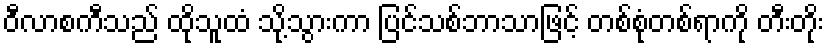
ဝီလာစကီသည် ထိုသူထံ သို့သွားကာ ပြင်သစ်ဘာသာဖြင့် တစ်စုံတစ်ရာကို တီးတိုး